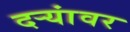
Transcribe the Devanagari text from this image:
दऱ्यांवर